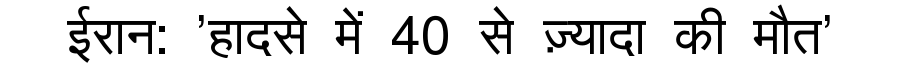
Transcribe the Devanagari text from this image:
ईरान: 'हादसे में 40 से ज़्यादा की मौत'